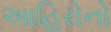
આહિરોનો